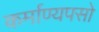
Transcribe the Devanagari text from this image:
कर्माण्यपसो